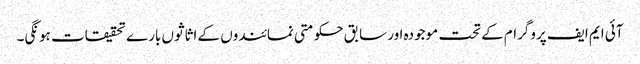
آئی ایم ایف پروگرام کے تحت موجودہ اور سابق حکومتی نمائندوں کے اثاثوں بارے تحقیقات ہونگی۔